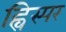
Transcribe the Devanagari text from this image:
ह्विस्पर